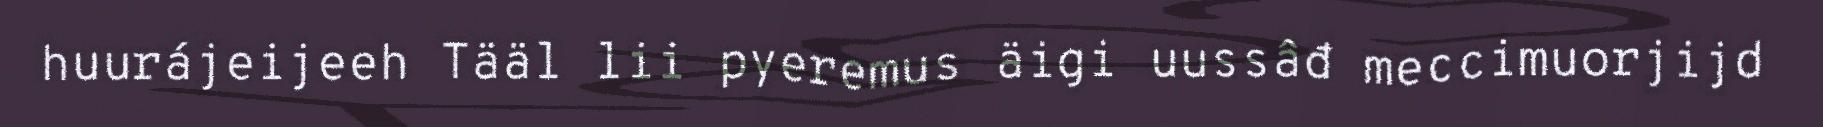
huurájeijeeh Tääl lii pyeremus äigi uussâđ meccimuorjijd